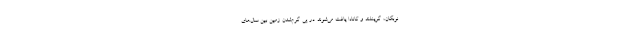
نوبگان، گرینلند و کانادا یافت می‌شوند. در پی گرم‌شدن زمین بین سال‌های